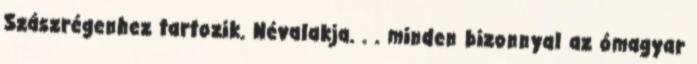
Szászrégenhez tartozik. Névalakja. . . minden bizonnyal az ómagyar